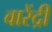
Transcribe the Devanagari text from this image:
वारेंद्री